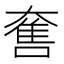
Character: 𡙬